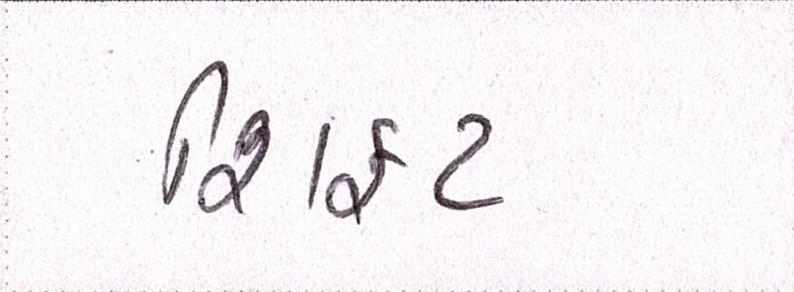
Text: શિફટ